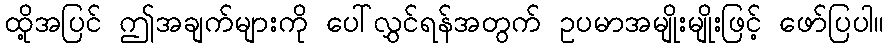
ထို့အပြင် ဤအချက်များကို ပေါ်လွှင်ရန်အတွက် ဥပမာအမျိုးမျိုးဖြင့် ဖော်ပြပါ။